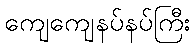
ကျေကျေနပ်နပ်ကြီး